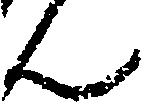
ん